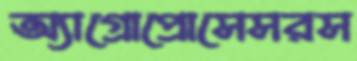
অ্যাগ্রোপ্রোসেসরস